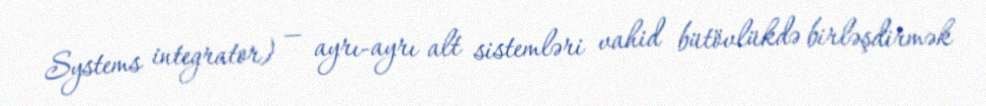
Systems integrator) — ayrı-ayrı alt sistemləri vahid bütövlükdə birləşdirmək